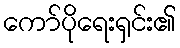
ကော်ပိုရေးရှင်း၏